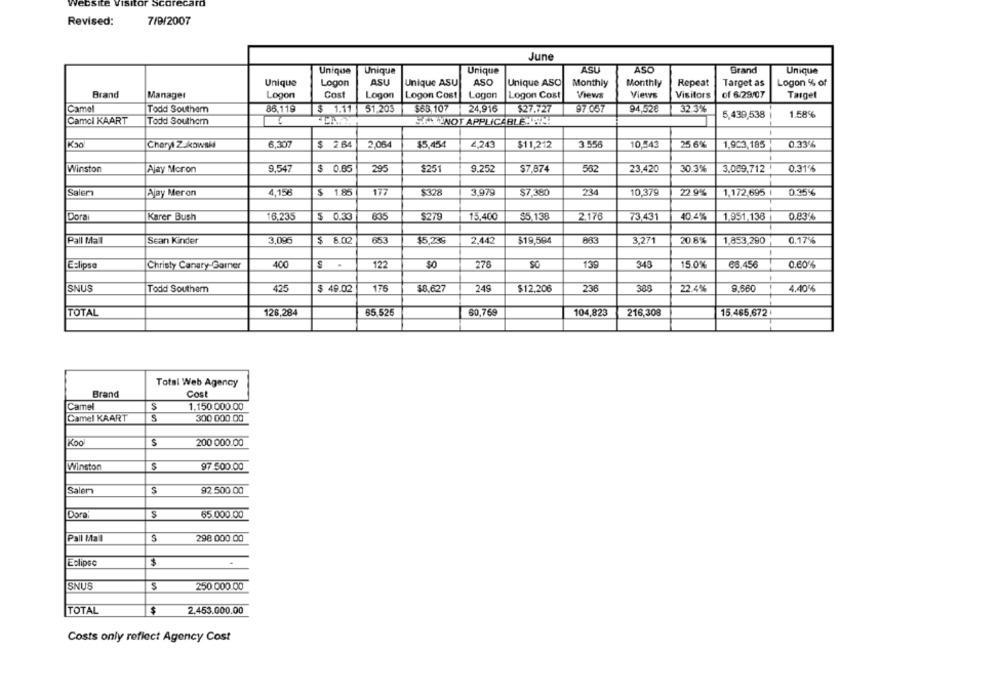
7/9/2007
Revised:
June
ASU
ASO
Brand
Unique
Unique
Unique
Unique
Unique
Logon
ASU
Unique ASU
ASO
Unique ASO
Monthly
Monthly
Repeat
Target as
Logon % of
Brand
Manager
Logon
Cost
Logon
Logon Cost
Logon
Logon Cost
Views
Views
Visitors
of 6/29/07
Target
Camel
Todd Southam
86,119
$ 1.11 51,203
$63.107
24,916
$27.727
97 037
94,528
32.3%
5,439,538
1.58%
Camcl KAART
Todd Southcm
SEXYNOT APPLICABLE! !!!
Cheryl Zukowski
6,307
$ 2.64
2,084
$5,454
4,243
$11,212
3.558
10 .- 43
25.6%
1,923,185
0.33%
Winston
Ajay Moron
9,547
$ 0.65
295
$251
9.252
$7,874
582
23,420
30.3%
3.009,712
0.31%
Salem
Ajay Meron
4,156
$ 1.85
177
$328
3,979
$7,380
234
10,379
22.9%
1,172,695 I
0.35%
835
$279
Dora
Karer Bush
16.235
$ 0.33
15,400
$5. 138
2.176
73.431
40.4%
1.951,138
0.83%
Pall Mall
Sean Kinder
3,096
$ 8.02
653
$5,239
2,442
$19,594
BR3
3,271
20.8%
1,853,290
0.17%
-
Eclipse
Christy Canary-Garner
400
.
122
SO
276
13
343
15.0%
88.456
0.60%%
SNUS
Todd Southem
425
$ 49.02
175
$8.627
249
$12,206
236
388
22.4%
9.660
4.40%
TOTAL
65.525
216,308
15.465.672
126,284
60,769
104,823
Total Web Agency
Brand
Cost
Camel
S
1.150.000.00
Camel KAART
S
300 000 00
Koo
S
200 000.00
Winston
97 .500.00
Salem
S
92.500.00
Dora
65.000.00
Pall Mall
S
298 000.00
$
Eclipse
SNUS
$
250 000.00
$
TOTAL
2.453.000.00
Costs only reflect Agency Cost